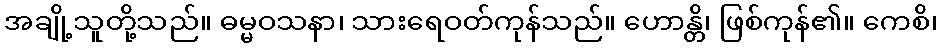
အချို့သူတို့သည်။ ဓမ္မဝသနာ၊ သားရေဝတ်ကုန်သည်။ ဟောန္တိ၊ ဖြစ်ကုန်၏။ ကေစိ၊